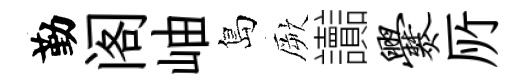
勤阁岫島厥讟爨𠩄